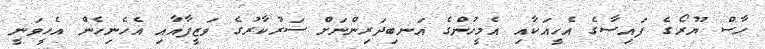
ހާސް ޔޫރޯގެ ފައިސާގެ އެހީއަކާއި އެމީހުންގެ އަނބިދަރިންނަށް ސަރުކާރުގެ ވަޒީފާއާއި އެހެނިހެން އެހީވަނީ